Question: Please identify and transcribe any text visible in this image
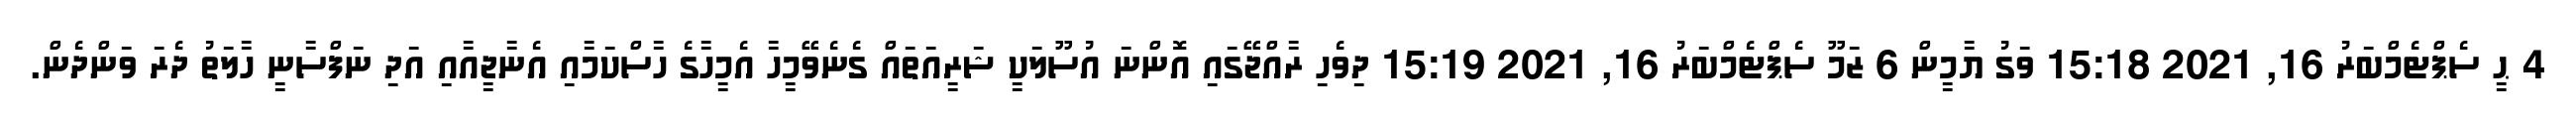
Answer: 4 ޙީ ސެޕްޓެމްބަރު 16, 2021 15:18 ވަގު ޔާމީން 6 ޒަމޫ ސެޕްޓެމްބަރު 16, 2021 15:19 ދިވެހި ރާއްޖޭގައި އޮންނަ އުސޫލަކީ ޝަރީއަތައް ގެނެވޭމީހާ އެމީހާގެ ހާސްކަމާއި އެނާޖީއާއި އަދި ނަފްސާނީ ހާލަތު ދެރަ ވަންދެން.